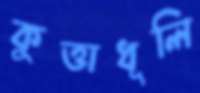
কুত্তাধূলি